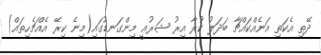
ދޭތި އެކަތި އަނެއްކައްޗާ ބަދަލު ކުރާ އިރު ޝަރުޢީ މިންގަނޑުގައި(މިނެ ކިރޭ އެއްޗެހިތައް)